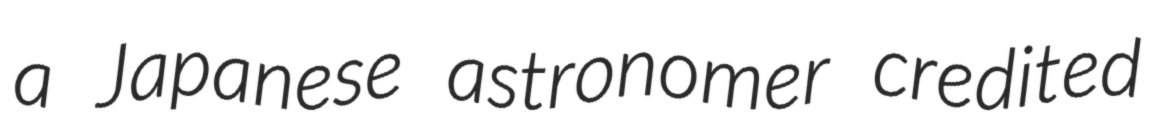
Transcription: a Japanese astronomer credited